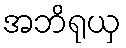
အဘိရုယှ